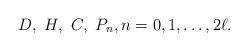
LaTeX: \begin{gather*}D, \ H, \ C, \ P_n, n = 0, 1, \dots, 2\ell.\end{gather*}